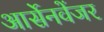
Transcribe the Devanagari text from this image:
आर्सेनवेंजर